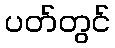
ပတ်တွင်